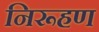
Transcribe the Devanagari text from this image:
निरूहण